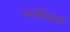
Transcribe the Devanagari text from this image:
भर्तीकर्ता